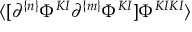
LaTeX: \langle [ \partial ^ { \{ n \} } \Phi ^ { K I } \partial ^ { \{ m \} } \Phi ^ { K I } ] \Phi ^ { K I K I } \rangle